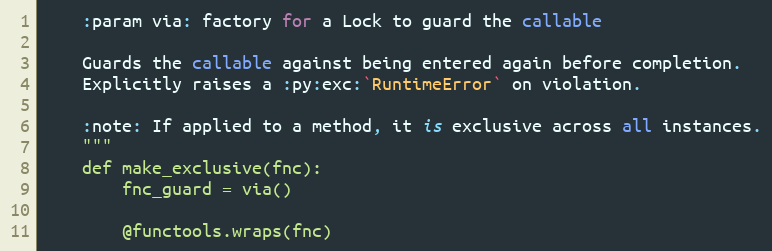
Language: Python
    :param via: factory for a Lock to guard the callable

    Guards the callable against being entered again before completion.
    Explicitly raises a :py:exc:`RuntimeError` on violation.

    :note: If applied to a method, it is exclusive across all instances.
    """
    def make_exclusive(fnc):
        fnc_guard = via()

        @functools.wraps(fnc)